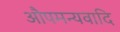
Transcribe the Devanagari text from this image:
औपमन्यवादि